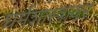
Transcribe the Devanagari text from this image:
धर्मशास्त्रावर